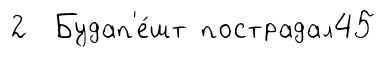
2 Будап'е́шт пострадал45